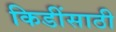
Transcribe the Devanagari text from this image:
किडींसाठी